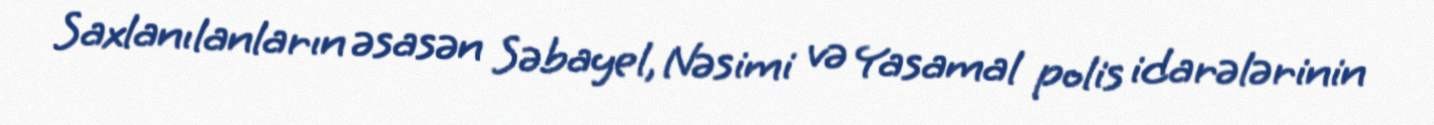
Saxlanılanların əsasən Səbayel, Nəsimi və Yasamal polis idarələrinin